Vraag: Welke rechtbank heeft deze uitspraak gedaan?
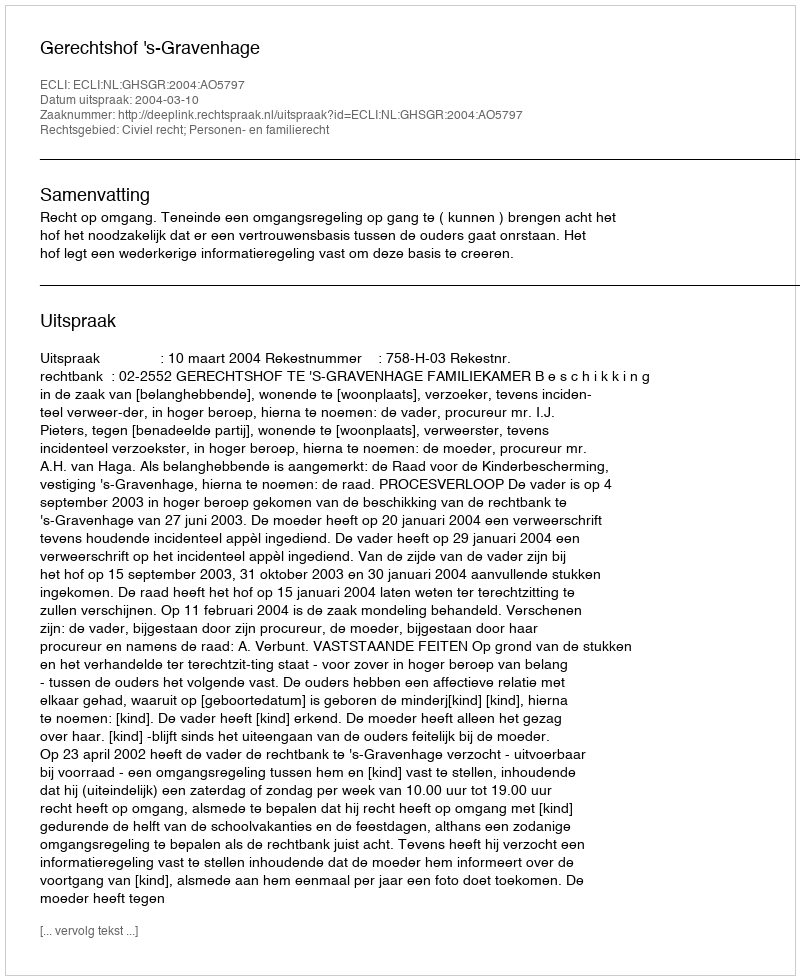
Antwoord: Gerechtshof 's-Gravenhage